Civil Veterinary Department Bihar reports 1936-40 - 1936-1940
Year: 1936
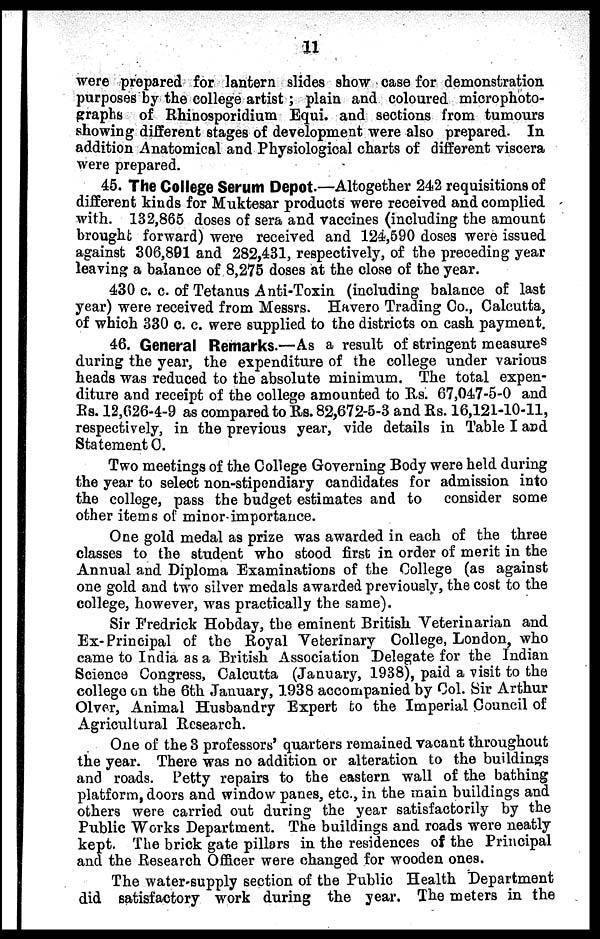
11
were prepared for lantern slides show case for demonstration
purposes by the college artist; plain and coloured microphoto-
graphs of Rhinosporidium Equi. and sections from tumours
showing different stages of development were also prepared. In
addition Anatomical and Physiological charts of different viscera
were prepared.
45. The College Serum Depot.—Altogether 242 requisitions of
different kinds for Muktesar products were received and complied
with. 132,865 doses of sera and vaccines (including the amount
brought forward) were received and 124,590 doses were issued
against 306,891 and 282,431, respectively, of the preceding year
leaving a balance of 8,275 doses at the close of the year.
430 c. c. of Tetanus Anti-Toxin (including balance of last
year) were received from Messrs. Havero Trading Co., Calcutta,
of which 330 c. c. were supplied to the districts on cash payment.
46. General Remarks.—As a result of stringent measures
during the year, the expenditure of the college under various
heads was reduced to the absolute minimum. The total expen-
diture and receipt of the college amounted to Rs. 67,047-5-0 and
Rs. 12,026-4-9 as compared to Rs. 82,672-5-3 and Rs. 16,121-10-11,
respectively, in the previous year, vide details in Table I and
Statement C.
Two meetings of the College Governing Body were held during
the year to select non-stipendiary candidates for admission into
the college, pass the budget estimates and to consider some
other items of minor-importance.
One gold medal as prize was awarded in each of the three
classes to the student who stood first in order of merit in the
Annual and Diploma Examinations of the College (as against
one gold and two silver medals awarded previously, the cost to the
college, however, was practically the same).
Sir Fredrick Hobday, the eminent British Veterinarian and
Ex-Principal of the Royal Veterinary College, London, who
came to India as a British Association Delegate for the Indian
Science Congress, Calcutta (January, 1938), paid a visit to the
college on the 6th January, 1938 accompanied by Col. Sir Arthur
Olver, Animal Husbandry Expert to the Imperial Council of
Agricultural Research.
One of the 3 professors' quarters remained vacant throughout
the year. There was no addition or alteration to the buildings
and roads. Petty repairs to the eastern wall of the bathing
platform, doors and window panes, etc., in the main buildings and
others were carried out during the year satisfactorily by the
Public Works Department. The buildings and roads were neatly
kept. The brick gate pillars in the residences of the Principal
and the Research Officer were changed for wooden one9.
The water-supply section of the Public Health Department
did satisfactory work during the year. The meters in the